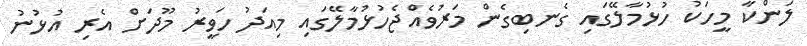
ލަންކާ މީހަކު ހުޅުމާލޭގައި ގެނބިގެން މަރުވެއްޖެހުޅުމާލޭގައި މިއަދު ހަވީރު މޫދަށް އެރި އުޅުނު